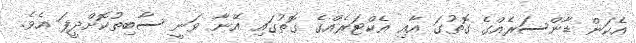
އެކަން ޑާންސަރެއްގެ ގޮތުގަ އާއި އެކްޓަރެއްގެ ގޮތުގައި އޭނާ ވަނީ ސާބިތުކޮށްދީފަ އެވެ.